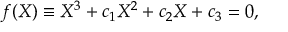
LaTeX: f ( X ) \equiv X ^ { 3 } + c _ { 1 } X ^ { 2 } + c _ { 2 } X + c _ { 3 } = 0 ,